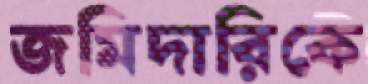
জমিদারিকে